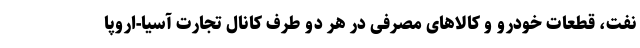
نفت، قطعات خودرو و کالاهای مصرفی در هر دو طرف کانال تجارت آسیا-اروپا